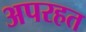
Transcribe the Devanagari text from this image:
अपरहत